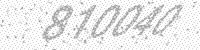
Solution: 810040